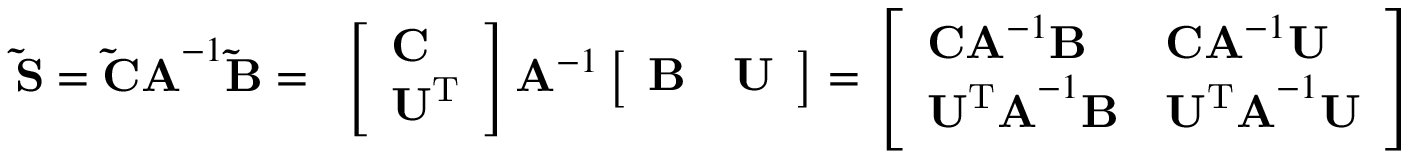
\mathbf { \tilde { S } } = \mathbf { \tilde { C } A } ^ { - 1 } \mathbf { \tilde { B } } = \begin{array} { r } { \left[ \begin{array} { l } { \mathbf { C } } \\ { \mathbf { U ^ { \mathrm { T } } } } \end{array} \right] \mathbf { A } ^ { - 1 } \left[ \begin{array} { l l } { \mathbf { B } } & { \mathbf { U } } \end{array} \right] = \left[ \begin{array} { l l } { \mathbf { C A } ^ { - 1 } \mathbf { B } } & { \mathbf { C A } ^ { - 1 } \mathbf { U } } \\ { \mathbf { U ^ { \mathrm { T } } A } ^ { - 1 } \mathbf { B } } & { \mathbf { U ^ { \mathrm { T } } A } ^ { - 1 } \mathbf { U } } \end{array} \right] } \end{array}